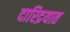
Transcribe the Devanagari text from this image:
दारिद्रयात